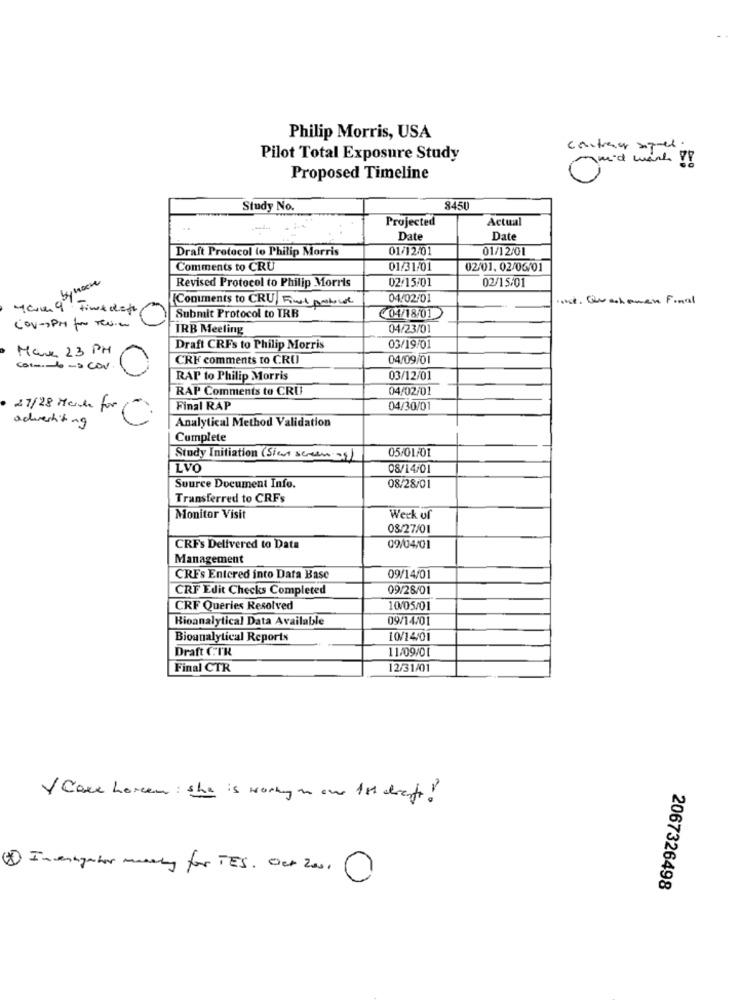
Philip Morris, USA
contener speed.
Pilot Total Exposure Study
und want !
Proposed Timeline
Study No.
8450
Projected
Actual
Date
Date
Draft Protocol to Philip Morris
01/12/01
01/12/01
Comments to CRU
01/31/01
02/01. 02/06/01
02/15/01
02/15/01
Revised Protocol to Philip Morris
Comments to CRU Final product
04/02/01
·ust. Giusshower Final
Ham 9 Finedet(
Submit Protocol to IRR
04/18/01
CO-PM por Teure
IRB Meeting
04/23/01
Mark 23 PM
Draft CRFs to Philip Morris
03/19/01
CRF comments to CRU
04/09/01
Cat. 6-0 CON
RAP to Philip Morris
03/12/01
RAP Comments to CRU
04/02/01
Final RAP
04/30/01
27/28 Merce for (
advertising
Analytical Method Validation
Cumplete
05/01/01
Study Initiation (Sien screen -)
LVO
08/14/01
Suurce Document Info.
08/28/01
Transferred to CRFs
Monitor Visit
Week of
08/27/01
CRF's Delivered to Data
09/04/01
Management
CRFs Entered into Data Base
09/14/01
CRF Edit Checks Completed
09/28/01
CRF Queries Resolved
10/05/01
Bioanalytical Data Available
09/14/01
Bioanalytical Reports
10/14/01
Draft CTR
11/09/01
Final CTR
12/31/01
V Core horen : she is working on our Ist dients!
(1) I - exigentor mandy for TES. Oct 2010
2067326498